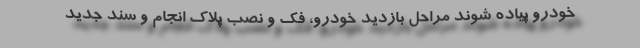
خودرو پیاده شوند مراحل بازدید خودرو، فک و نصب پلاک انجام و سند جدید